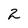
Character: 2